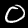
Digit: 0